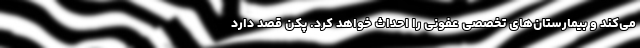
می‌کند و بیمارستان‌های تخصصی عفونی را احداث خواهد کرد. پکن قصد دارد